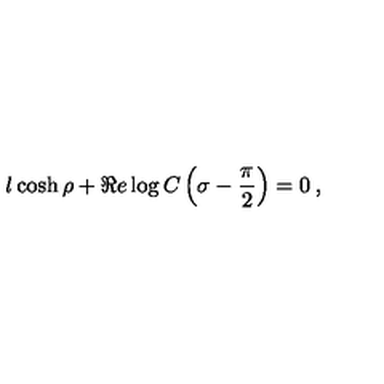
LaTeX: l \cosh \rho + \Re e \log C \left( \sigma - \displaystyle \frac { \pi } { 2 } \right) = 0 \: ,